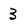
Character: 3